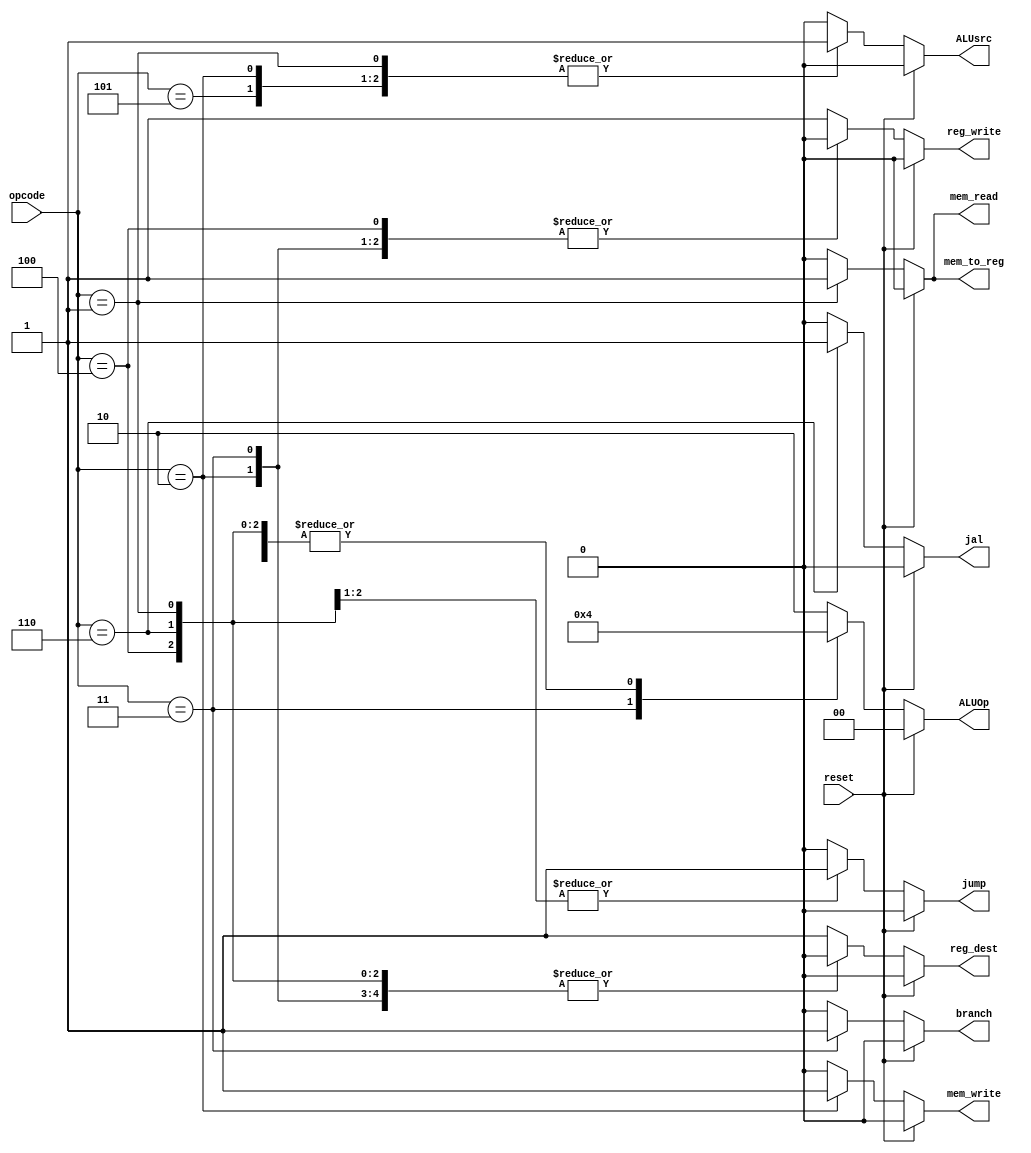
module control_unit (
  input [5:0] opcode,
  input reset,
  output reg reg_dest, jump, branch, mem_read, mem_to_reg, mem_write, ALUsrc, reg_write, jal,
  output reg [1:0] ALUOp
);

always @(*) begin
  if (reset == 1'b1) begin
    reg_dest = 1'b0;
    jump = 1'b0;
    branch = 1'b0;
    mem_read = 1'b0;
    mem_to_reg = 1'b0;
    mem_write = 1'b0;
    ALUsrc = 1'b0;
    reg_write = 1'b0;
    jal = 1'b0;
    ALUOp = 2'b00;
  end else begin
    case (opcode)
      6'b000000: begin            // * R - Type
        reg_dest = 1'b1;
        jump = 1'b0;
        branch = 1'b0;
        mem_read = 1'b0;
        mem_to_reg = 1'b0;
        mem_write = 1'b0;
        ALUsrc = 1'b0;
        reg_write = 1'b1;
        jal = 1'b0;
        ALUOp = 2'b10;
        end
  6'b000001: begin                // * lw
        reg_dest = 1'b0;
        jump = 1'b0;
        branch = 1'b0;
        mem_read = 1'b1;
        mem_to_reg = 1'b1;
        mem_write = 1'b0;
        ALUsrc = 1'b1;
        reg_write = 1'b1;
        jal = 1'b0;
        ALUOp = 2'b00;
        end
  6'b000010: begin                // * sw
        reg_dest = 1'b0;
        jump = 1'b0;
        branch = 1'b0;
        mem_read = 1'b0;
        mem_to_reg = 1'b0;
        mem_write = 1'b1;
        ALUsrc = 1'b1;
        reg_write = 1'b0;
        jal = 1'b0;
        ALUOp = 2'b00;
        end
  6'b000011: begin                // * beq
        reg_dest = 1'b0;
        jump = 1'b0;
        branch = 1'b1;
        mem_read = 1'b0;
        mem_to_reg = 1'b0;
        mem_write = 1'b0;
        ALUsrc = 1'b0;
        reg_write = 1'b0;
        jal = 1'b0;
        ALUOp = 2'b01;
        end
  6'b000100: begin                // * jump
        reg_dest = 1'b0;
        jump = 1'b1;
        branch = 1'b0;
        mem_read = 1'b0;
        mem_to_reg = 1'b0;
        mem_write = 1'b0;
        ALUsrc = 1'b0;
        reg_write = 1'b0;
        jal = 1'b0;
        ALUOp = 2'b00;
        end
  6'b000101: begin                // * addi
        reg_dest = 1'b0;
        jump = 1'b0;
        branch = 1'b0;
        mem_read = 1'b0;
        mem_to_reg = 1'b0;
        mem_write = 1'b0;
        ALUsrc = 1'b1;
        reg_write = 1'b1;
        jal = 1'b0;
        ALUOp = 2'b00;
        end
  6'b000110: begin                // * jal
        reg_dest = 1'b0;
        jump = 1'b1;
        branch = 1'b0;
        mem_read = 1'b0;
        mem_to_reg = 1'b0;
        mem_write = 1'b0;
        ALUsrc = 1'b0;
        reg_write = 1'b1;
        jal = 1'b1;
        ALUOp = 2'b00;
        end
  default: begin                // * nop
        reg_dest = 1'b1;
        jump = 1'b0;
        branch = 1'b0;
        mem_read = 1'b0;
        mem_to_reg = 1'b0;
        mem_write = 1'b0;
        ALUsrc = 1'b0;
        reg_write = 1'b1;
        jal = 1'b0;
        ALUOp = 2'b10;
        end
    endcase
  end
end


endmodule